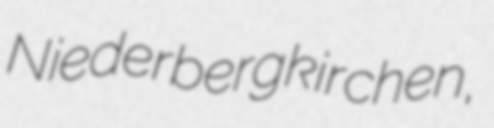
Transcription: Niederbergkirchen,